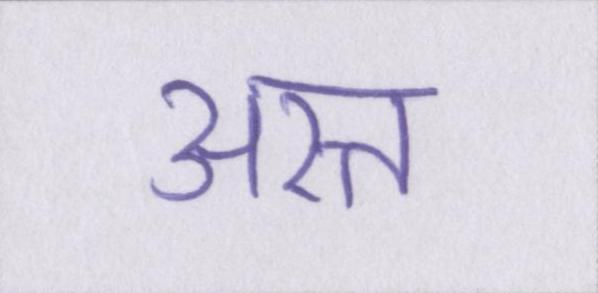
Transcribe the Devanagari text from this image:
अस्त